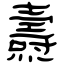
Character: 燾